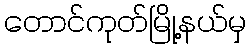
တောင်ကုတ်မြို့နယ်မှ